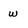
Character: w